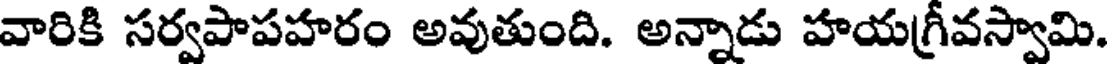
వారికి సర్వపాపహరం అవుతుంది. అన్నాడు హయగ్రీవస్వామి.